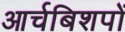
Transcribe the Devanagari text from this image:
आर्चबिशपों